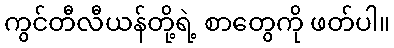
ကွင်တီလီယန်တို့ရဲ့ စာတွေကို ဖတ်ပါ။